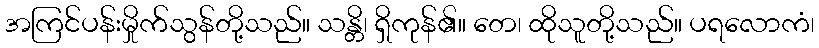
အကြင်ပန်းမှိုက်သွန်တို့သည်။ သန္တိ၊ ရှိကုန်၏။ တေ၊ ထိုသူတို့သည်။ ပရလောကံ၊